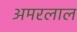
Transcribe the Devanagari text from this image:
अमरलाल